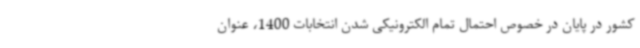
کشور در پایان در خصوص احتمال تمام الکترونیکی شدن انتخابات 1400، عنوان